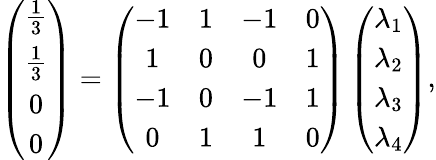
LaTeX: \left(\begin{array}{c}{\frac{1}{3}}\\ {\frac{1}{3}}\\ {0}\\ {0}\end{array}\right)=\left(\begin{array}{cccc}{-1}&{1}&{-1}&{0}\\ {1}&{0}&{0}&{1}\\ {-1}&{0}&{-1}&{1}\\ {0}&{1}&{1}&{0}\end{array}\right)\left(\begin{array}{c}{\lambda_{1}}\\ {\lambda_{2}}\\ {\lambda_{3}}\\ {\lambda_{4}}\end{array}\right),